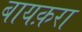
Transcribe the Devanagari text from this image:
बायक़रा